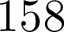
1 5 8